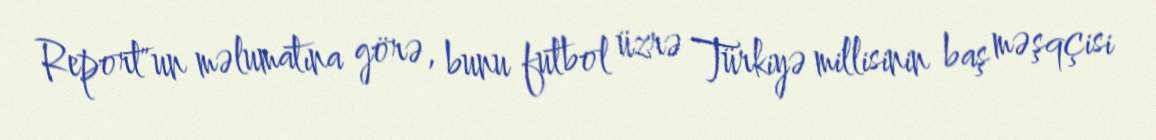
Report"un məlumatına görə, bunu futbol üzrə Türkiyə millisinin baş məşqçisi